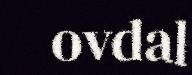
ovdal